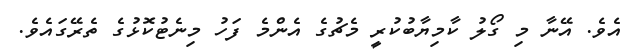
އެވެ. އޭނާ މި ގޯލު ކާމިޔާބުކުރީ މެޗުގެ އެންމެ ފަހު މިނެޓުކޮޅުގެ ތެރޭގައެވެ.